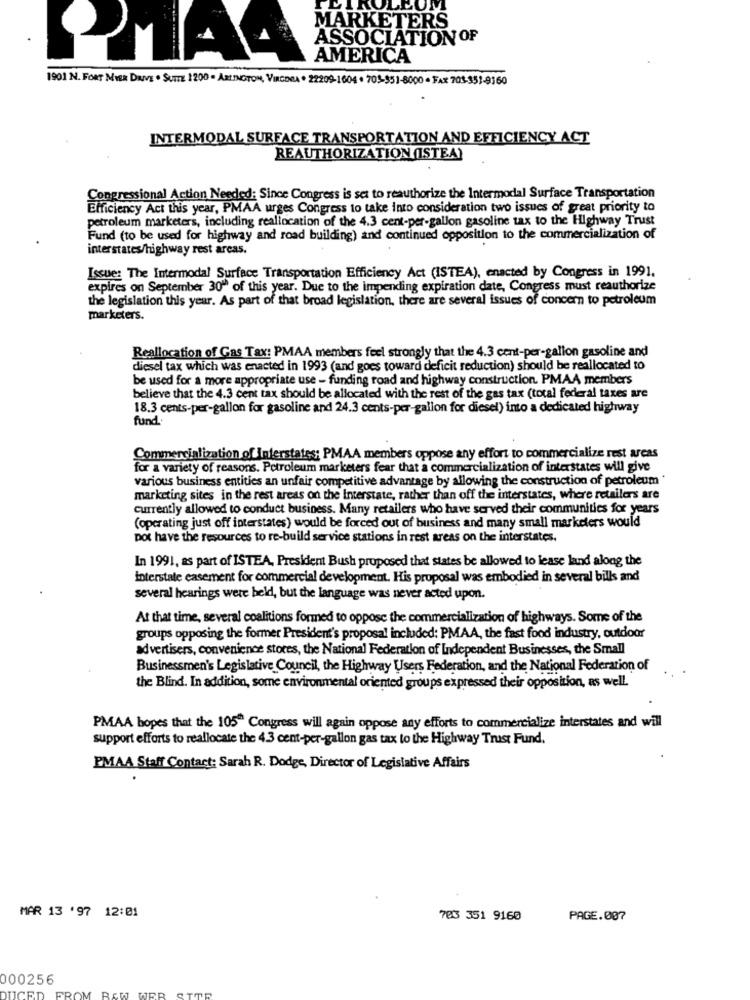
MARKETERS
ASSOCIATION OF
AMERICA
1901 N. FoRr Mvsa DuVE . SUITE 1200 . ARLINGTON, VIRGINIA . 22209-1604 . 705-951-8000 - FAX 705-351-9160
INTERMODAL SURFACE TRANSPORTATION AND EFFICIENCY ACT
REAUTHORIZATION OSTEA)
Congressional Action Needed: Since Congress is set to reauthorize the Intermodal Surface Transportation
Efficiency Act this year, PMAA urges Congress to take Into consideration two issues of great priority to
petroleum marketers, including reallocation of the 4.3 cent-per-gallon gasoline tax to the Highway Trust
Fund (to be used for highway and road building) and continued opposition to the commercialization of
interstates/highway rest areas.
Issue: The Intermodal Surface Transportation Efficiency Act (ISTEA), enacted by Congress in 1991.
expires on September 30" of this year. Due to the impending expiration date, Congress must reauthorize
the legislation this year. As part of that broad legislation, there are several issues of concern to petroleum
marketers.
Reallocation of Gas Tax: PMAA members feel strongly that the 4.3 cent-per-gallon gasoline and
diesel tax which was enacted in 1993 (and goes toward deficit reduction) should be reallocated to
be used for a more appropriate use - funding road and highway construction. PMAA members
believe that the 4.3 cent tax should be allocated with the rest of the gas tax (total federal taxes are
18.3 cents-per-gallon for gasoline and 24.3 cents-per-gallon for diesel) into a dedicated highway
fund
Commercialization of Interstates: PMAA members oppose any effort to commercialize rest areas
for a variety of reasons. Petroleum marketers fear that a commercialization of interstates will give
various business entities an unfair competitive advantage by allowing the construction of petroleum *
marketing sites in the rest areas on the Interstate, rather than off the interstates, where retailers are
currently allowed to conduct business. Many retailers who have served their communities for years
(operating just off interstates) would be forced out of business and many small marketers would
pot have the resources to re-build service stations in rest areas on the interstates.
In 1991, as part of ISTEA, President Bush proposed that states be allowed to lease land along the
Interstate easement for commercial development. His proposal was embodied in several bills and
several hearings were held, but the language was never acted upon.
At that time, several coalitions formed to oppose the commercialization of highways. Some of the
groups opposing the former President's proposal included: PMAA, the fast food industry, outdoor
advertisers, convenience stores, the National Federation of Independent Businesses, the Small
Businessmen's Legislative Council, the Highway Users Federation, and the National Federation of
the Blind. In addition, some environmental oriented groups expressed their opposition, as well.
PMAA hopes that the 105" Congress will again oppose any efforts to commercialize interstates and will
support efforts to reallocate the 4.3 cent-per-gallon gas tax to the Highway Trust Fund.
PMAA Staff Contact: Sarah R. Dodge, Director of Legislative Affairs
MAR 13 '97 12:01
783 351 9160
PAGE.007
000256
FROM BE
UCED